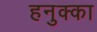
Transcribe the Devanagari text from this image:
हनुक्का